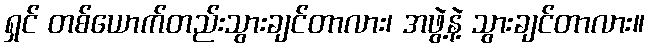
ရှင် တစ်ယောက်တည်းသွားချင်တာလား၊ အဖွဲ့နဲ့ သွားချင်တာလား။